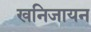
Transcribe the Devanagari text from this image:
खनिजायन